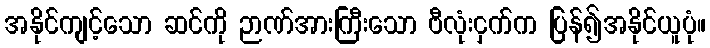
အနိုင်ကျင့်သော ဆင်ကို ဉာဏ်အားကြီးသော ဗီလုံးငှက်က ပြန်၍အနိုင်ယူပုံ။